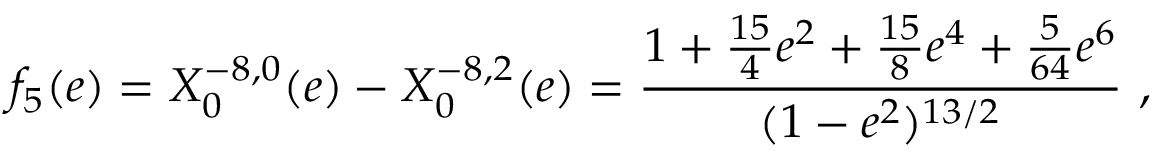
f _ { 5 } ( e ) = X _ { 0 } ^ { - 8 , 0 } ( e ) - X _ { 0 } ^ { - 8 , 2 } ( e ) = \frac { 1 + \frac { 1 5 } { 4 } e ^ { 2 } + \frac { 1 5 } { 8 } e ^ { 4 } + \frac { 5 } { 6 4 } e ^ { 6 } } { ( 1 - e ^ { 2 } ) ^ { 1 3 / 2 } } \ ,